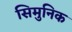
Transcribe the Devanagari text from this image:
सिमुनिक